koduurija_Pavel_Tisler, lk 16
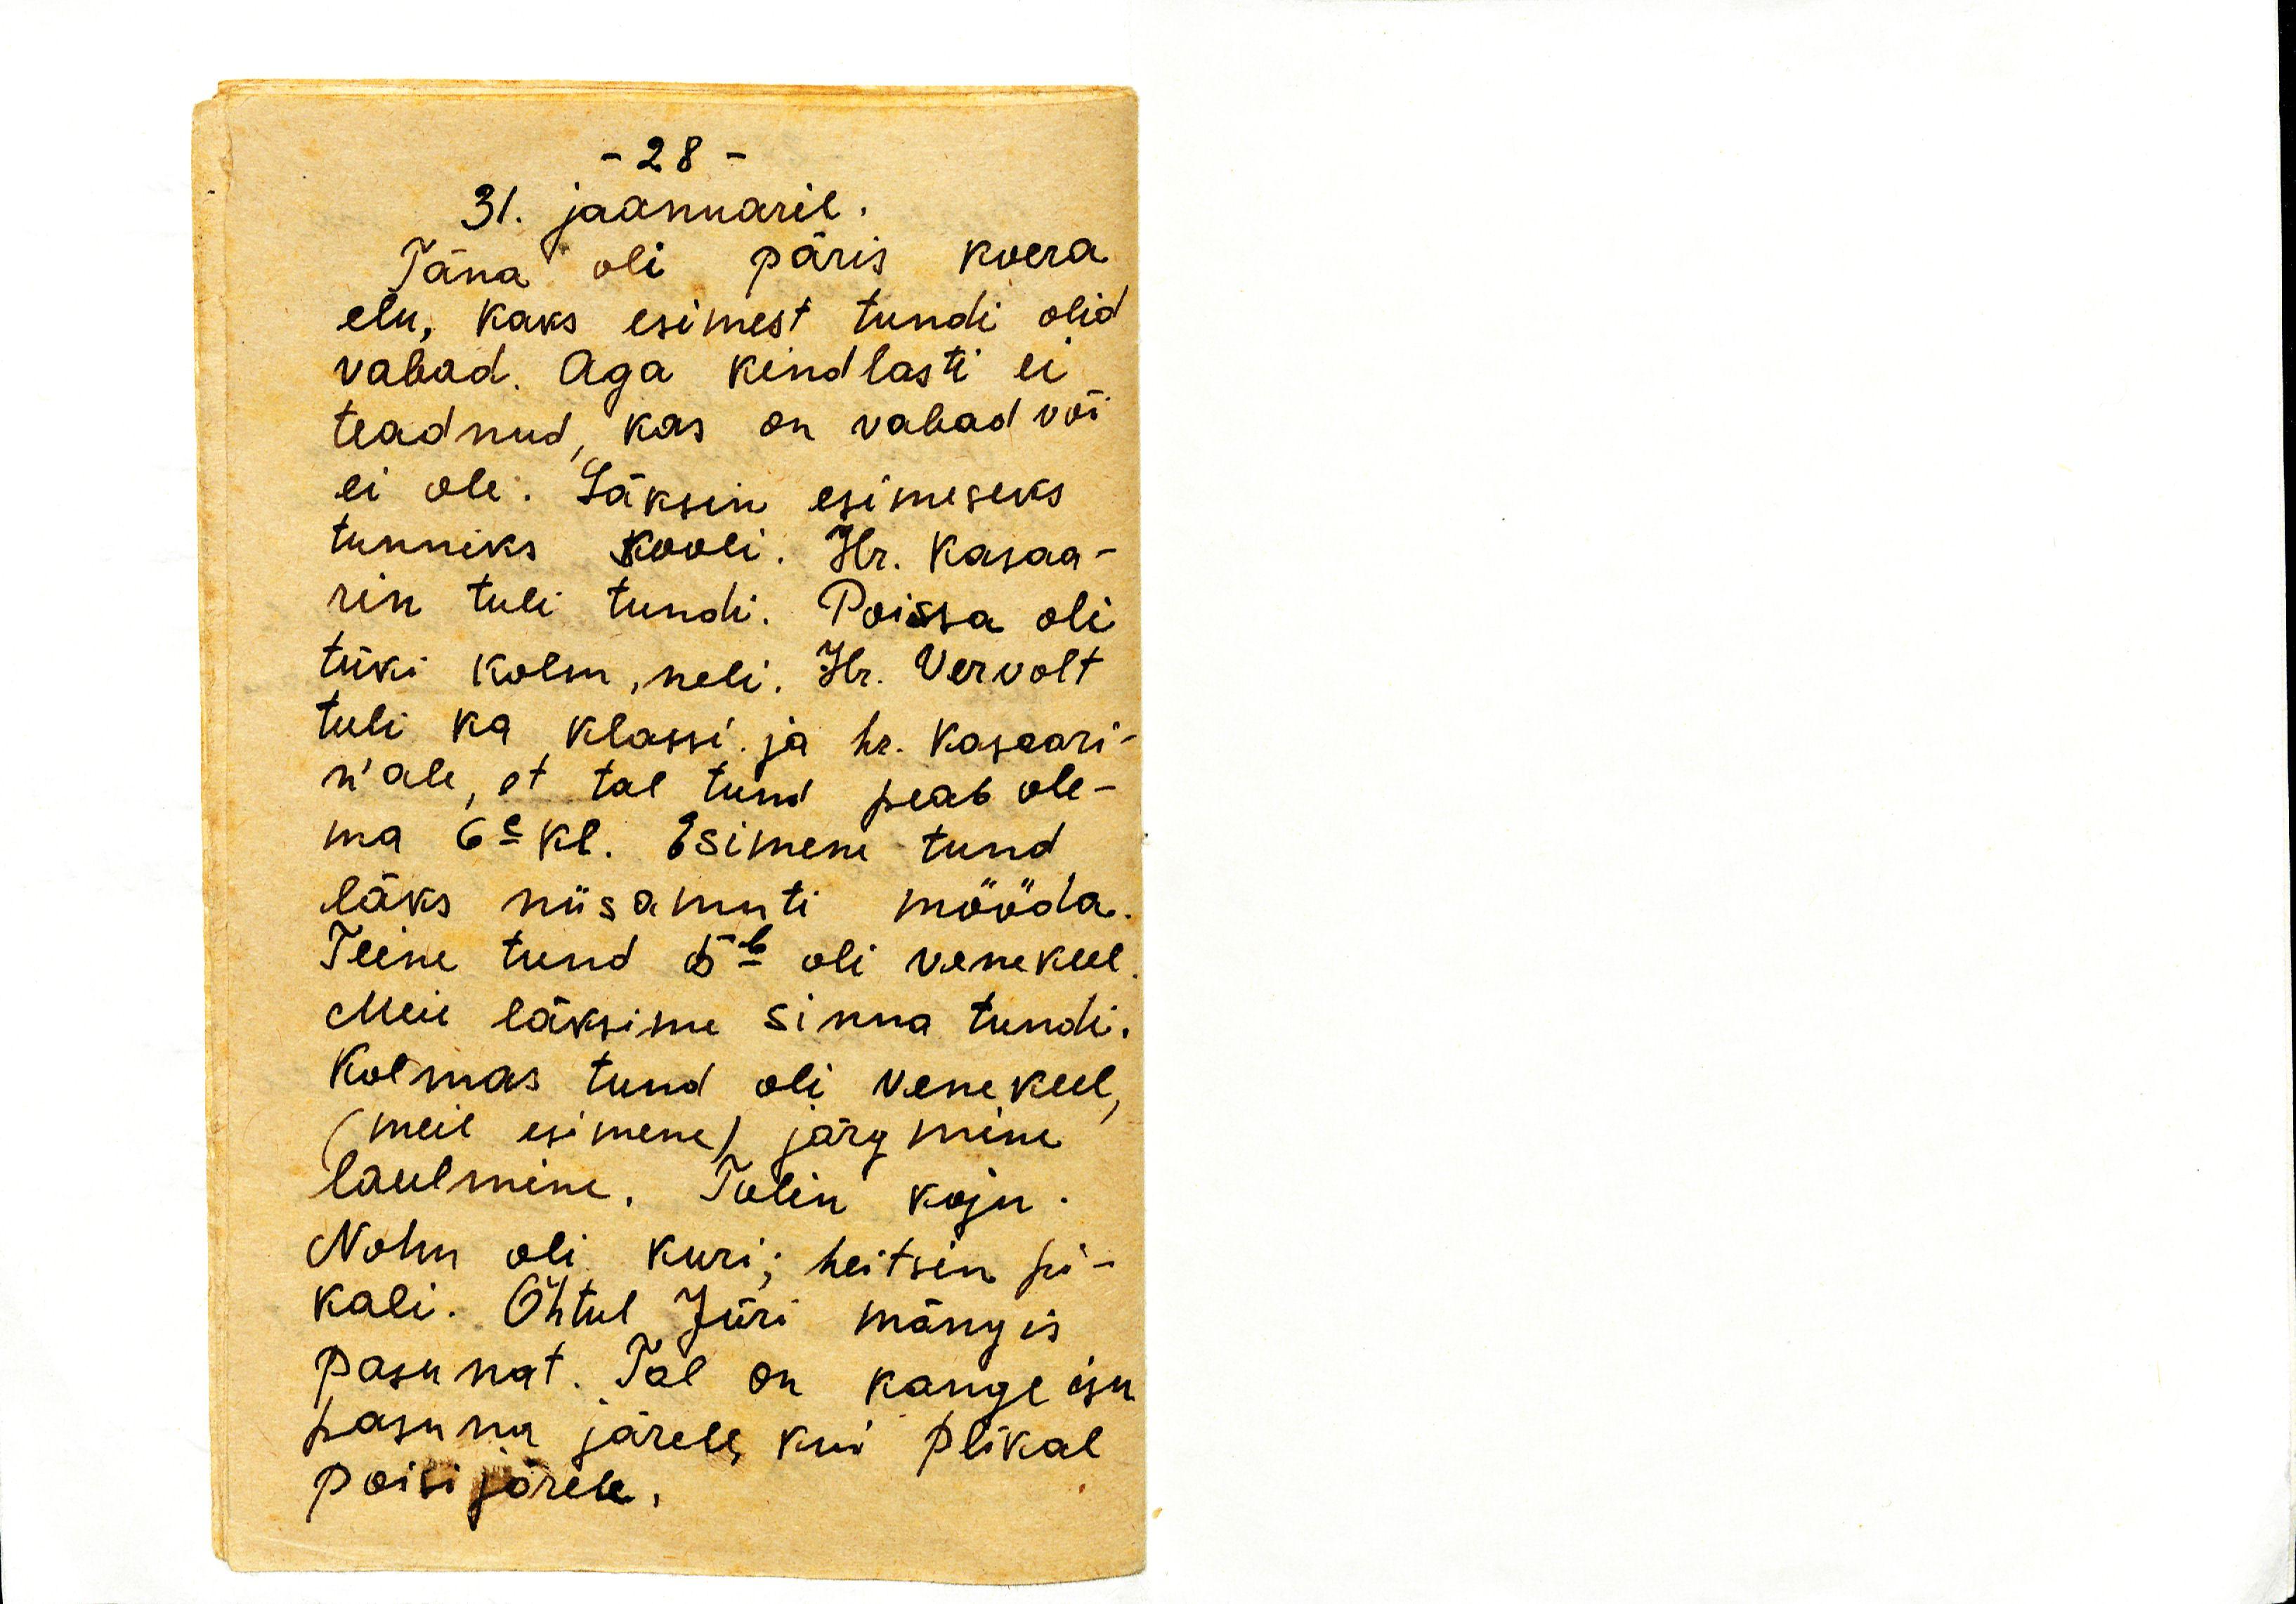
31. jaanuaril.
Täna oli päris koera
elu, kaks esimest tundi olid
vabad. Aga kindlasti ei
teadnud, kas on vabad või
ei ole. Läksin esimeseks
tunniks kooli. Hr. Kasaa-
rin tuli tundi. Poissa oli
tüki kolm, neli. Hr. Vervolt
tuli ka klassi ja hr. Kasaari-
n'ale, et tal tund peab ole-
ma 6c kl. Esimene tund
läks niisamuti mööda.
Teine tund 5b oli venekeel.
Meie läksime sinna tundi.
Kolmas tund oli venekeel
(meil esimene) järgmine
laulmine. Tulin koju.
Nohu oli kuri; heitsin pi-
kali. Õhtul Jüri mängis
pasunat. Tal on kange isu
pasuna järele, kui plikal
poisi järele.